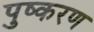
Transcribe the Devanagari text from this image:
पुष्करण